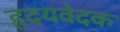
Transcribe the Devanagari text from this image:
हृदयवेदक